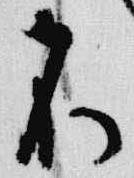
不